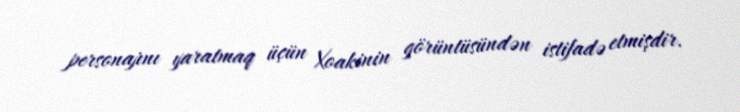
personajını yaratmaq üçün Xoakinin görüntüsündən istifadə etmişdir.